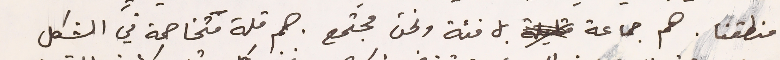
منطقنا. هم جماعة بل فئة ونحن مجتمع. هم قلة متخاصمة في الشكل